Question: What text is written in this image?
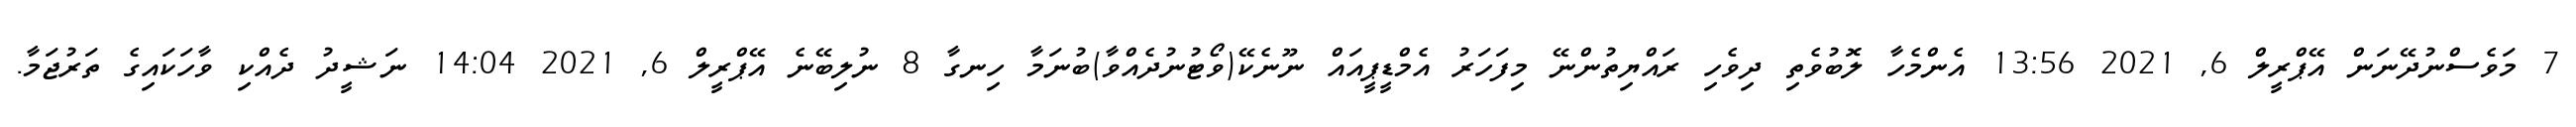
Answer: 7 މަވެސްނުދޭނަން އޭޕްރީލް 6, 2021 13:56 އެންމެހާ ލޮބުވެތި ދިވެހި ރައްޔިތުންނޭ މިފަހަރު އެމްޑީޕީއައް ނޫނެކޭ(ވޯޓުނުދެއްވާ)ބުނަމާ ހިނގާ 8 ނުލިބޭނެ އޭޕްރީލް 6, 2021 14:04 ނަޝީދު ދެއްކި ވާހަކައިގެ ތަރުޖަމާ.